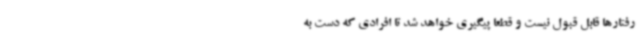
رفتارها قابل قبول نیست و قطعا پیگیری خواهد شد تا افرادی که دست به